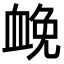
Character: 𧖵